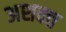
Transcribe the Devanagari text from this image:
अशक्‍त